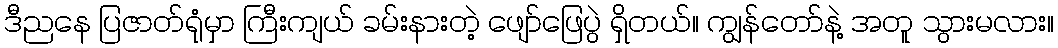
ဒီညနေ ပြဇာတ်ရုံမှာ ကြီးကျယ် ခမ်းနားတဲ့ ဖျော်ဖြေပွဲ ရှိတယ်။ ကျွန်တော်နဲ့ အတူ သွားမလား။